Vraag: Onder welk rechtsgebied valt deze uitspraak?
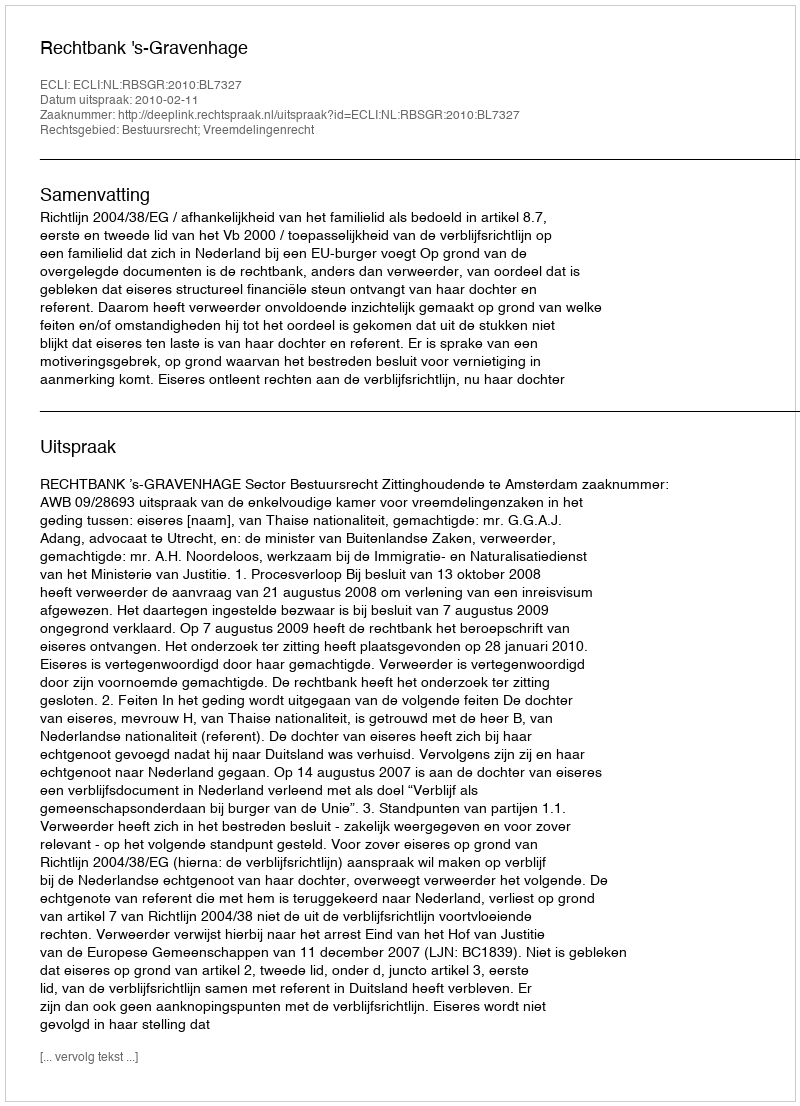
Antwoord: Bestuursrecht; Vreemdelingenrecht